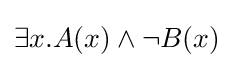
\exists x.A(x)\land \neg B(x)